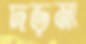
দড়মা